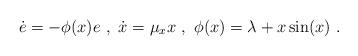
LaTeX: \begin{align*}\dot e = -\phi (x)e \ , \ \dot x = \mu_x x \ , \ \phi(x) = \lambda + x \sin(x)\ .\end{align*}